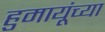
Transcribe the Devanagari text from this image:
हुमायूंच्या